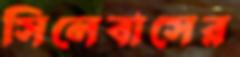
সিলেবাসের